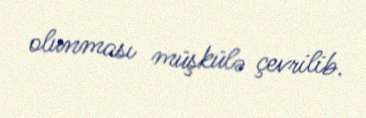
olunması müşkülə çevrilib.